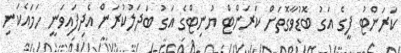
ކަރަންޓު ފީގެ އަގު ބޮޑުވާގޮތަށް ކަރަންޓް ޔުނިޓްގެ އަގު ބަދަލުކުރަން އެދިފައިވަނީ ހަމައެކަނި